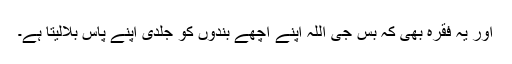
اور یہ فقرہ بھی کہ بس جی اللہ اپنے اچھے بندوں کو جلدی اپنے پاس بلالیتا ہے۔